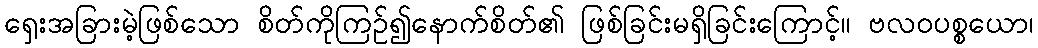
ရှေးအခြားမဲ့ဖြစ်သော စိတ်ကိုကြဉ်၍နောက်စိတ်၏ ဖြစ်ခြင်းမရှိခြင်းကြောင့်။ ဗလဝပစ္စယော၊